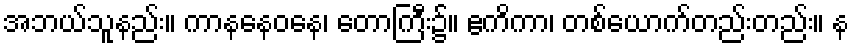
အဘယ်သူနည်း။ ကာနနေဝနေ၊ တောကြီး၌။ ဧကိကာ၊ တစ်ယောက်တည်းတည်း။ န